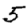
Digit: 5